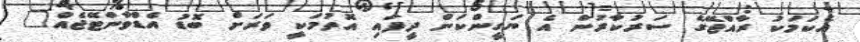
އެކަމަކު ރާއްޖޭގެ ސަރުކާރުން އެ ޔަގީންކަން ދީފައި އޮތުމަކީ ވަރަށް ބޮޑު އެޑްވާންޓޭޖެއް"